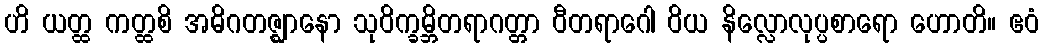
ဟိ ယတ္ထ ကတ္ထစိ အဓိဂတဇ္ဈာနော သုဝိက္ခမ္ဘိတရာဂတ္တာ ဝီတရာဂေါ ဝိယ နိလ္လောလုပ္ပစာရော ဟောတိ။ ဧဝံ